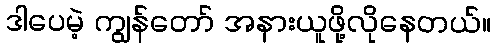
ဒါပေမဲ့ ကျွန်တော် အနားယူဖို့လိုနေတယ်။